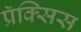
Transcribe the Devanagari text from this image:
प्रॅक्सिस